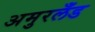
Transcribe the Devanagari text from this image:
अमुरलँंड